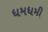
ધમધમી